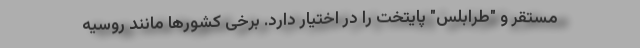
مستقر و "طرابلس" پایتخت را در اختیار دارد. برخی کشورها مانند روسیه